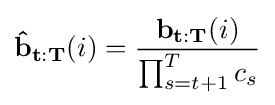
\mathbf {{\hat {b}}_{t:T}} (i)={\frac {\mathbf {b_{t:T}} (i)}{\prod _{s=t+1}^{T}c_{s}}}